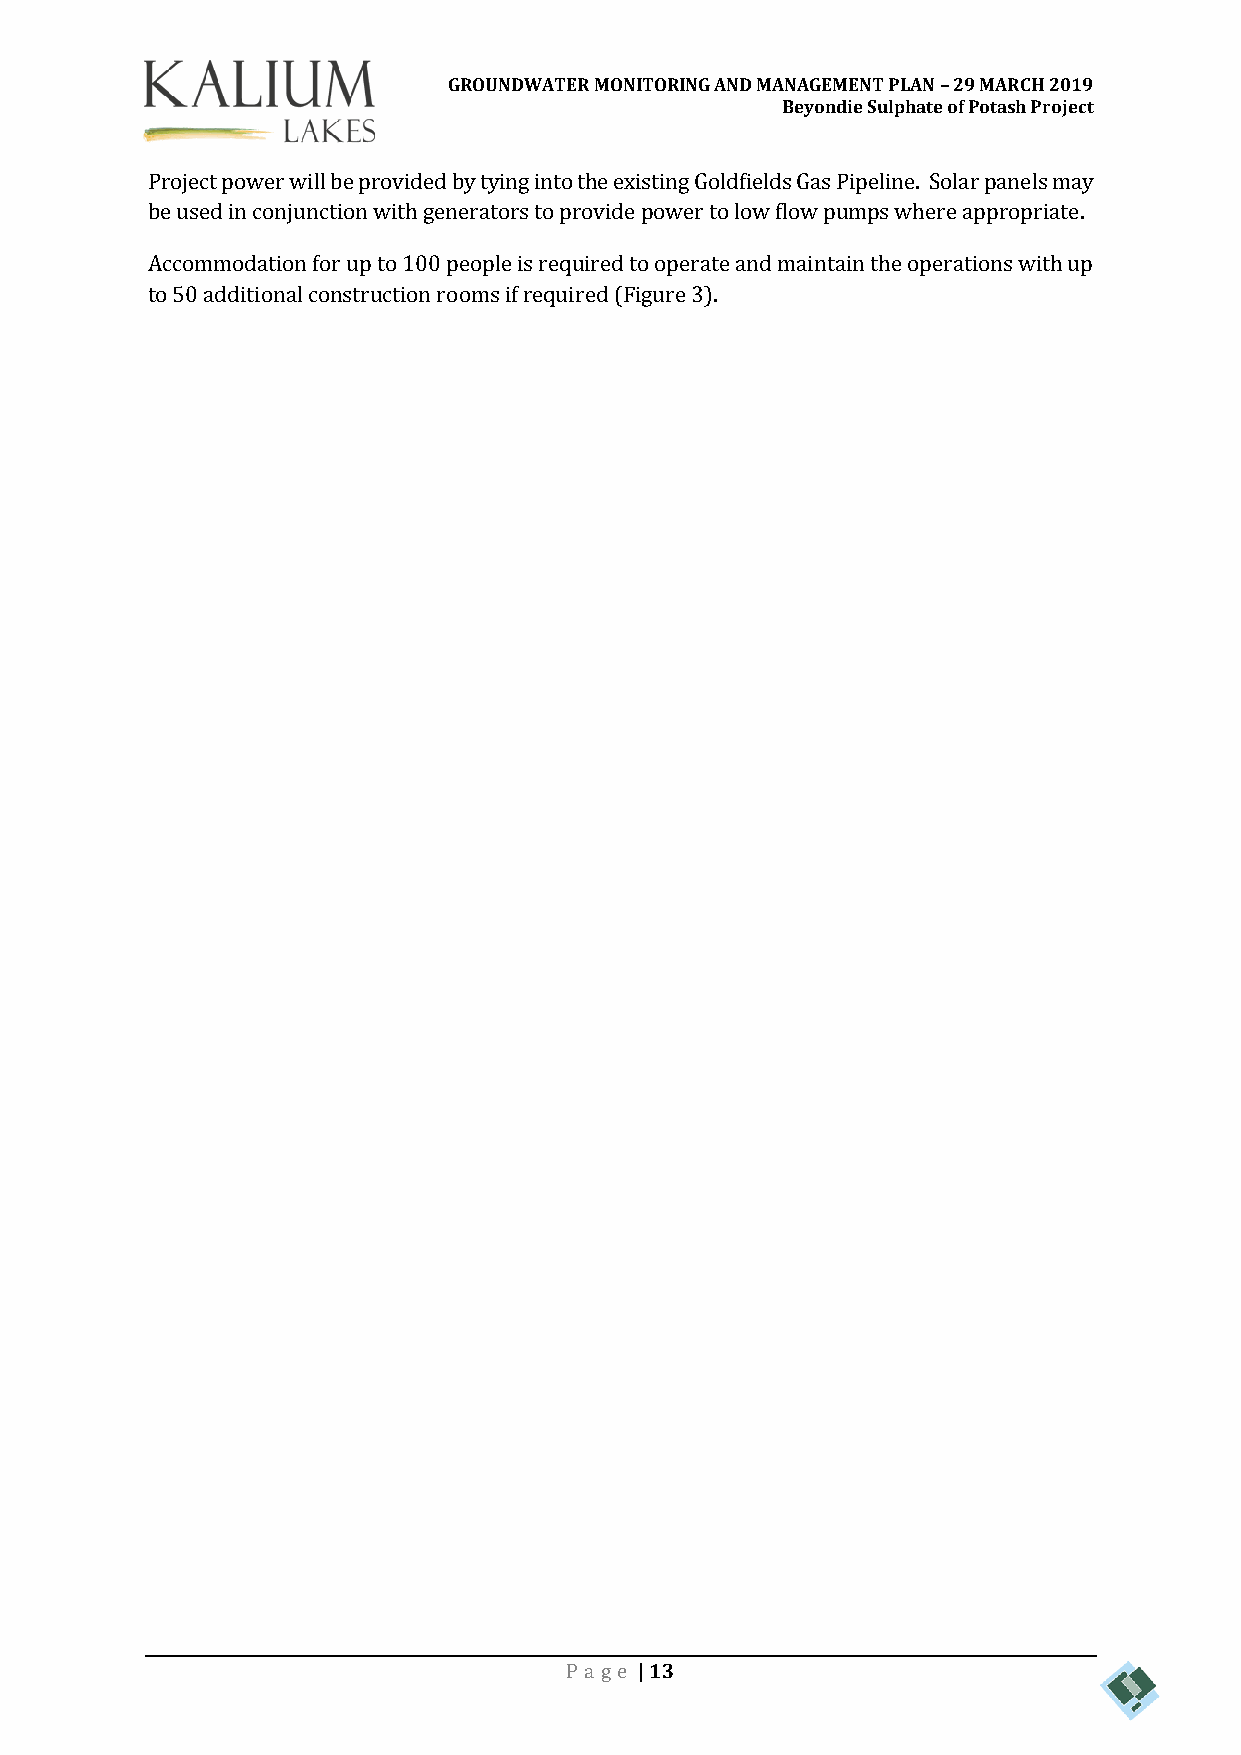
GROUNDWATER MONITORING AND MANAGEMENT PLAN – 29 MARCH 2019
 Beyondie Sulphate of Potash Project
 Project power will be provided by tying into the existing Goldfields Gas Pipeline. Solar panels may
 be used in conjunction with generators to provide power to low flow pumps where appropriate.
 Accommodation for up to 100 people is required to operate and maintain the operations with up
 to 50 additional construction rooms if required (Figure 3).
 Pa ge | 13